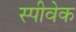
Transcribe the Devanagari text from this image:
स्पीवेक